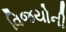
વિજયોની